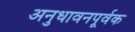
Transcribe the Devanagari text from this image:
अनुधावनपूर्वक